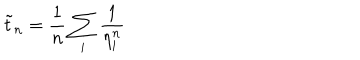
\tilde { t } _ { n } = \frac { 1 } { n } \sum _ { i } \frac { 1 } { \eta _ { i } ^ { n } }